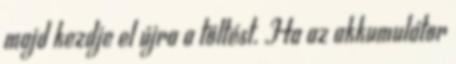
majd kezdje el újra a töltést. Ha az akkumulátor